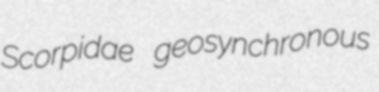
Scorpidae geosynchronous